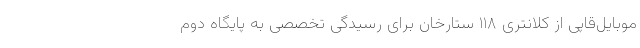
موبایل‌قاپی از کلانتری ۱۱۸ ستارخان برای رسیدگی تخصصی به پایگاه دوم